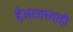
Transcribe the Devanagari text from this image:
हेआजच्याही